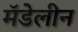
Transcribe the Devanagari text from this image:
मॅडेलीन